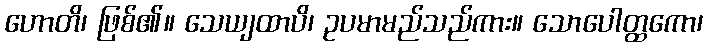
ဟောတိ၊ ဖြစ်၏။ သေယျထာပိ၊ ဥပမာမည်သည်ကား။ သောပေါတ္ထကော၊